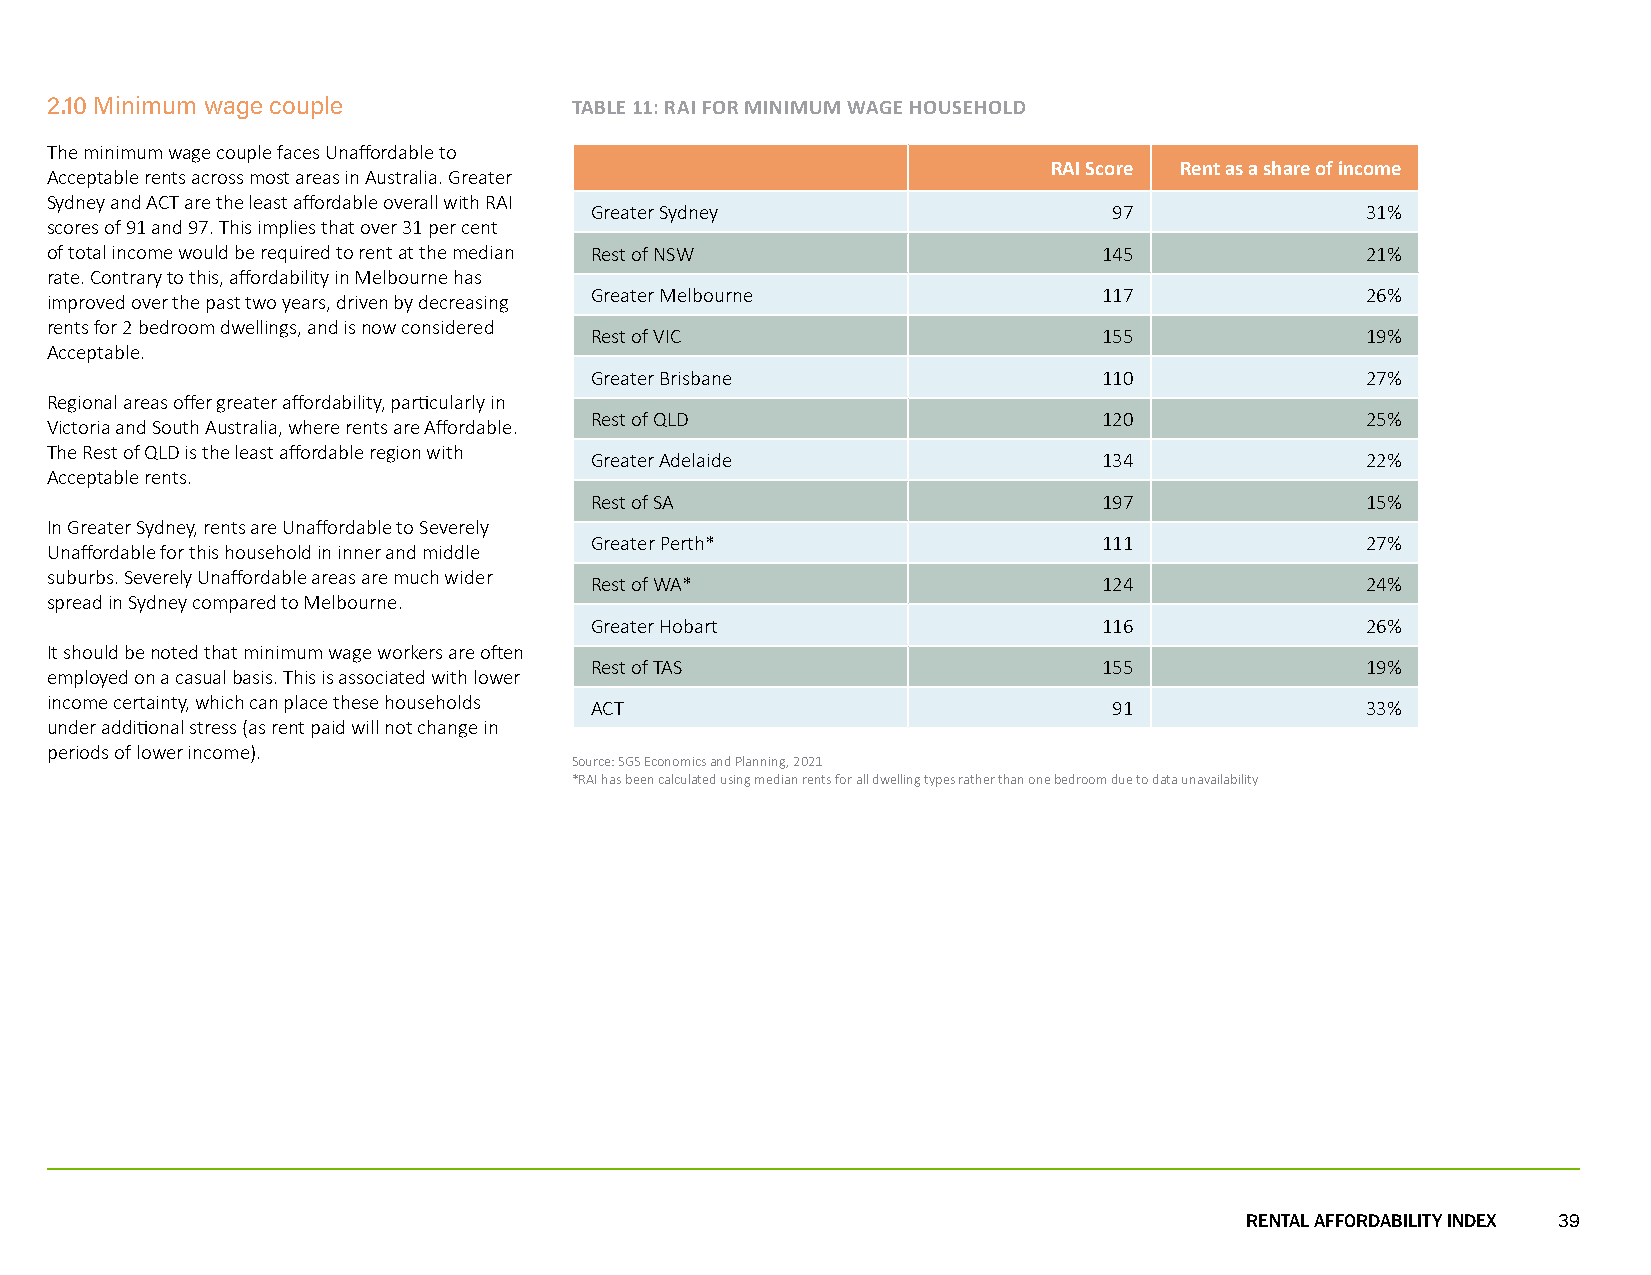
2.10 Minimum wage couple           TABLE 11: RAI FOR MINIMUM WAGE HOUSEHOLD
 The minimum wage couple faces Unaffordable to
 RAI Score Rent as a share of income
 Acceptable rents across most areas in Australia. Greater
 Sydney and ACT are the least affordable overall with RAI
 Greater Sydney                     97              31%
 scores of 91 and 97. This implies that over 31 per cent
 of total income would be required to rent at the median Rest of NSW   145              21%
 rate. Contrary to this, affordability in Melbourne has
 Greater Melbourne                 117              26%
 improved over the past two years, driven by decreasing
 rents for 2 bedroom dwellings, and is now considered
 Rest of VIC                       155              19%
 Acceptable.
 Greater Brisbane                  110              27%
 Regional areas offer greater affordability, particularly in
 Rest of QLD                       120              25%
 Victoria and South Australia, where rents are Affordable.
 The Rest of QLD is the least affordable region with
 Greater Adelaide                  134              22%
 Acceptable rents.
 Rest of SA                        197              15%
 In Greater Sydney, rents are Unaffordable to Severely
 Greater Perth*                    111              27%
 Unaffordable for this household in inner and middle
 suburbs. Severely Unaffordable areas are much wider
 Rest of WA*                       124              24%
 spread in Sydney compared to Melbourne.
 Greater Hobart                    116              26%
 It should be noted that minimum wage workers are often
 Rest of TAS                       155              19%
 employed on a casual basis. This is associated with lower
 income certainty, which can place these households
 ACT                                91              33%
 under additional stress (as rent paid will not change in
 periods of lower income).
 Source: SGS Economics and Planning, 2021
 *RAI has been calculated using median rents for all dwelling types rather than one bedroom due to data unavailability
 RENTAL AFFORDABILITY INDEX 39